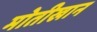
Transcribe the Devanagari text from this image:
मोतीखान